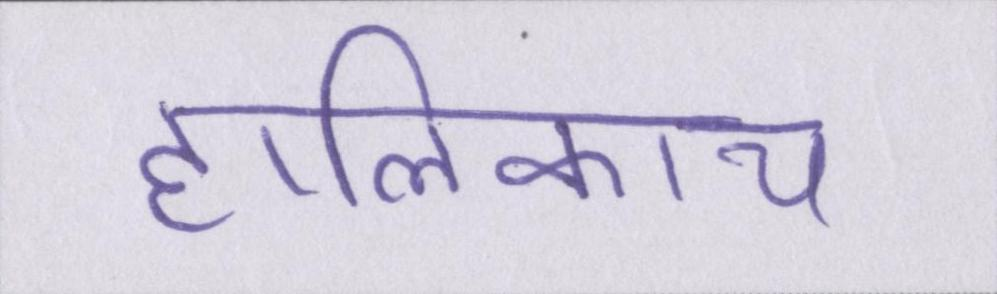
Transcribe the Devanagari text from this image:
हालिकाय